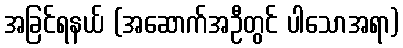
အခြင်ရနယ် (အဆောက်အဦတွင် ပါသောအရာ)